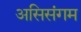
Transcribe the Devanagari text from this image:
असिसंगम